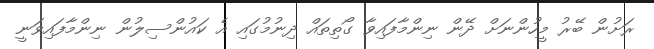
ރަށުން ބޭރު މީހުންނަށް ދޭން ނިންމާފައިވާ ގޯތިތައް ދިނުމުގައި އެ ކައުންސިލުން ނިންމާފައިވަނީ